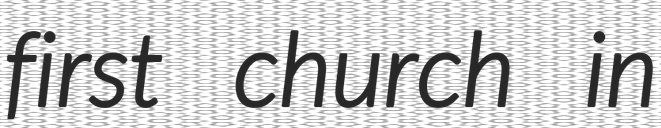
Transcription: first church in